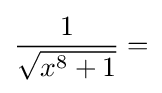
{\frac {1}{\sqrt {x^{8}+1}}}=